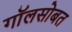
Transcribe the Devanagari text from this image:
गॉलसोबत